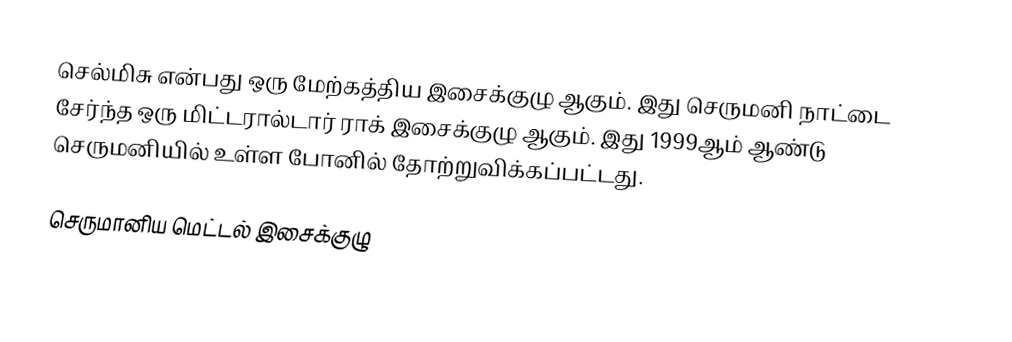
செல்மிசு என்பது ஒரு மேற்கத்திய இசைக்குழு ஆகும். இது செருமனி நாட்டை சேர்ந்த ஒரு மிட்டரால்டார் ராக் இசைக்குழு ஆகும். இது 1999ஆம் ஆண்டு செருமனியில் உள்ள போனில் தோற்றுவிக்கப்பட்டது.

செருமானிய மெட்டல் இசைக்குழு